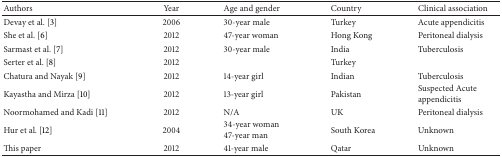
| Authors | Year | Age and gender | Country | Clinical association |
 | --- | --- | --- | --- | --- |
 | Devay et al. [3] | 2006 | 30-year male | Turkey | Acute appendicitis |
 | She et al. [6] | 2012 | 47-year woman | Hong Kong | Peritoneal dialysis |
 | Sarmast et al. [7] | 2012 | 30-year male | India | Tuberculosis |
 | Serter et al. [8] | 2012 |  | Turkey |  |
 | Chatura and Nayak [9] | 2012 | 14-year girl | Indian | Tuberculosis |
 | Kayastha and Mirza [10] | 2012 | 13-year girl | Pakistan | Suspected Acute appendicitis |
 | Noormohamed and Kadi [11] | 2012 | N/A | UK | Peritoneal dialysis |
 | Hur et al. [12] | 2004 | 34-year woman47-year man | South Korea | Unknown |
 | This paper | 2012 | 41-year male | Qatar | Unknown |